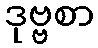
ဒုဗ္ဗစာ